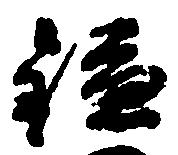
鎌